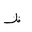
Letter: _za